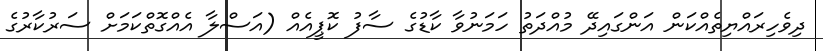
ދިވެހިރައްޔިތެއްކަން އަންގައިދޭ މުއްދަތު ހަމަނުވާ ކާޑުގެ ސާފު ކޮޕީއެއް (އަސްލާ އެއްގޮތްކަމަށް ސަރުކާރުގެ